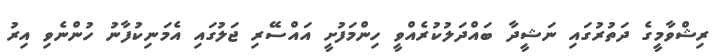
ރިޝްވާމީގެ ދަތުރުގައި ނަޝީދާ ބައްދަލުކުރެއްވީ ހިންމަފުށީ އައްސޭރި ޖަލުގައި އެމަނިކުފާނު ހުންނެވި އިރު